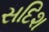
સદિશ